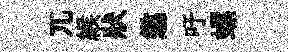
兀緱狀懲吁螺